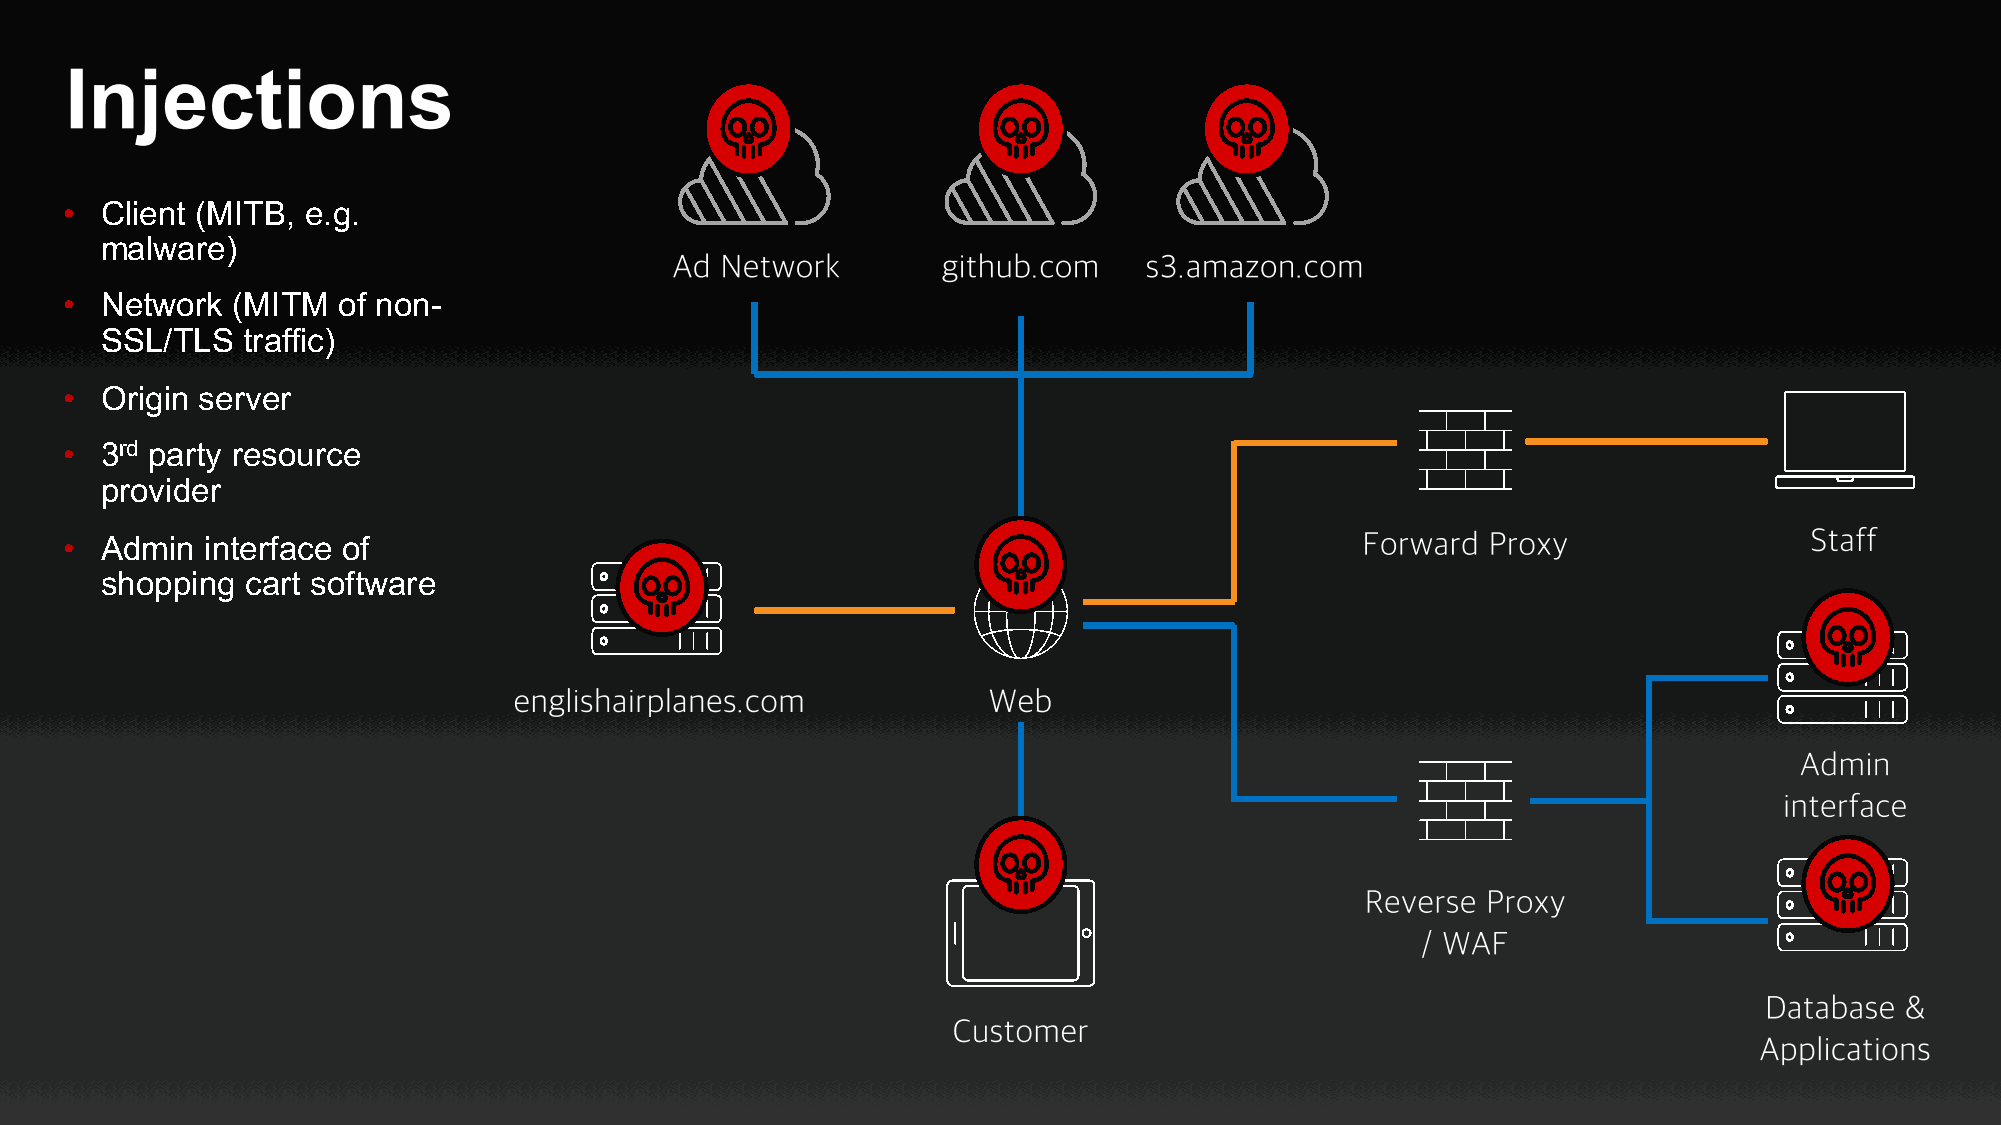
•  Client (MITB, e.g.
 malware)
 •  Network (MITM  of non-
 SSL/TLS  traffic)
 •  Origin server
 •  3rd party resource
 provider
 •  Admin  interface of
 shopping cart software